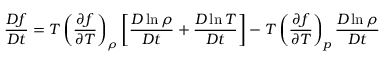
\frac { D f } { D t } = T \left( \frac { \partial f } { \partial T } \right) _ { \rho } \left[ \frac { D \ln \rho } { D t } + \frac { D \ln T } { D t } \right] - T \left( \frac { \partial f } { \partial T } \right) _ { p } \frac { D \ln \rho } { D t }